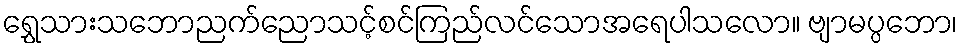
ရွှေသားသဘောညက်ညောသင့်စင်ကြည်လင်သောအရေပါသလော။ ဗျာမပ္ပဘော၊